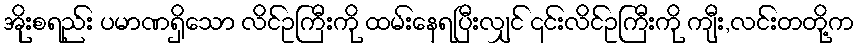
အိုးစရည်း ပမာဏရှိသော လိင်ဥကြီးကို ထမ်းနေရပြီးလျှင် ၎င်းလိင်ဥကြီးကို ကျီး,လင်းတတို့က